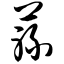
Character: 蒜